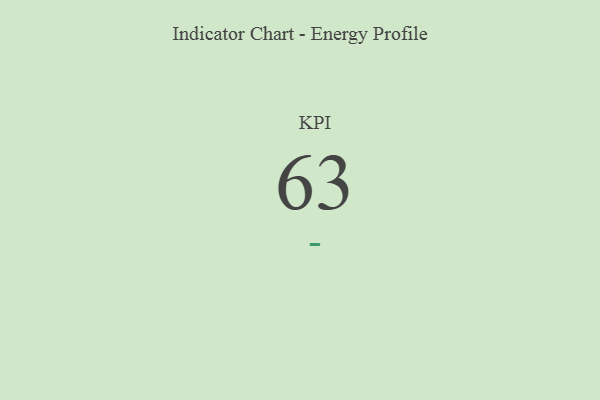
{"axis": {"x": "KPI", "y": "Value"}, "legend": [""], "data": [{"x": "KPI", "y": 63, "type": ""}]}